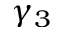
\gamma _ { 3 }